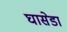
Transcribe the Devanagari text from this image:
घासेडा